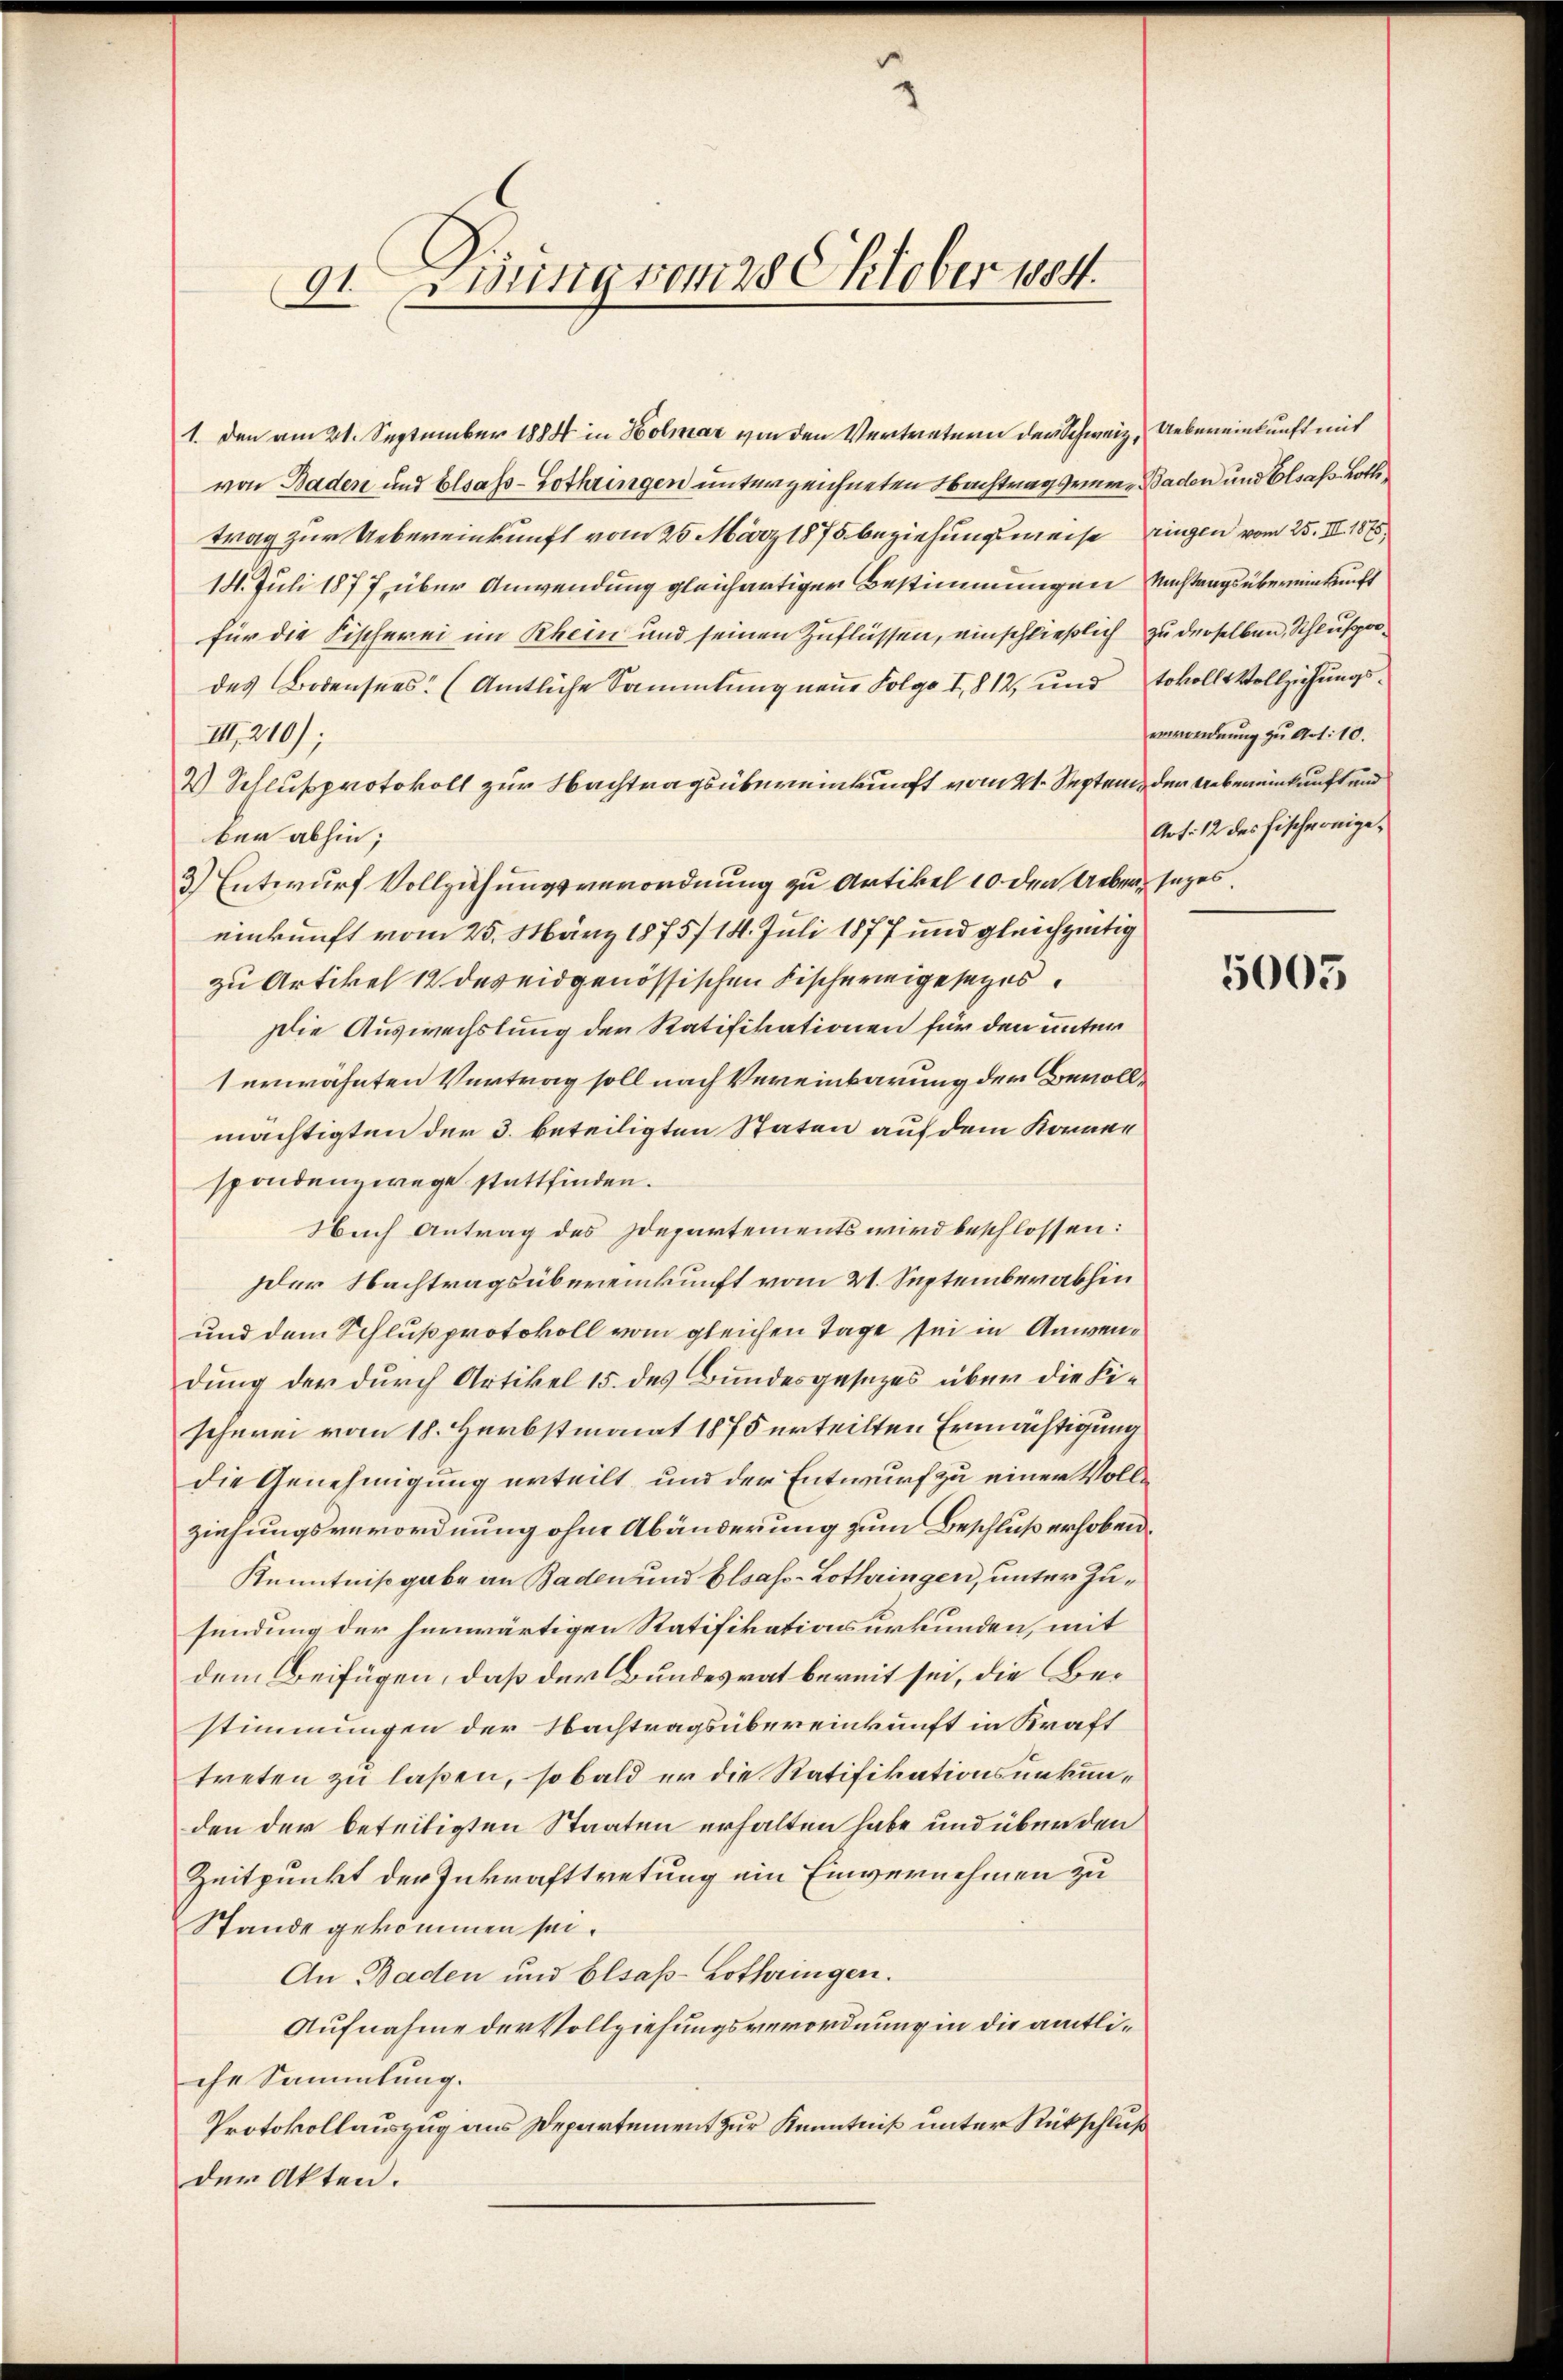
91. Wenig vom 28 Oktober 1884.

1. den am 21. September 1884 in Holmar von den Vertretern der Schweiz. Uebereinkunft mit
von Baden und Elsass-Lothringen unterzeichneten Nachtragsrem Baden und Elsass-Lotte
trag zur Uebereinkunft vom 20. März 1875 beziehungsweise ringen vom 25. II. 1875,
14. Juli 1877 über Anwendung gleichartiger Bestimmungen Nachtrags übereinkunft
für die Fischerei im Rhein und seinen Zuflüssen, einschließlich zu derselben, Schlußdes Bodensees. (Amtliche Sammlung neue Folge I, § 12, und tokoll Vollziehungs¬
III. 210);
2) Schlußprotokoll zur Nachtragsübereinkunft vom 21. Septem, der Uebereinkunft und
ber abhin;
3) Entwurf Vollziehungsverordnung zu Artikel 10 den Ueber sages.
einkunft vom 25. März 1875/14. Juli 1877 und gleichzeitig
zu Artikel 12 des eidgenössischen Fischerigesetzes
Die Auswechslung der Ratifikationen für den unter
terwähnten Vertrag soll nach Vereinbarung der Bevollmächtigten der 3. beteiligten Staten auf dem Kornen
spondenzwege stattfinden.
Nach Antrag des Departements wird beschlossen:
Der Nachtragsübereinkunft vom 21. September abhin
und dem Schluß protokoll vom gleichen Tage sei in Anwendung der durch Artikel 15. des Bundesgesezes über die Fischwei vom 18. Herbstmonat 1875 erteilten Ermächtigung
die Genehmigung erteilt, und der Entwurf zu einer Vollziehungsverordnung ohne Abänderung zum Beschluß erhoben.
Kenntnißgabe an Baden und Elsass-Lothringen, unter Zusündung der herwärtigen Statifikationsurkunden, mit
dem Beifügen, daß der Bundesrat bereit sei, die Bestimmungen der Nachtragsübereinkunft in Kraft
treten zu laßen, sobald er die Ratifikationsurkunden der beteiligten Staaten erhalten habe und über den
Zeitpunkt der Inkrafttretung ein Einvernehmen zu
Stande gekommen sei.
An Baden und Elsaß-Lothringen.
Aufnahme der Vollziehungsverordnung in die amtliche Sammlung.
Protokollauszug aus Departement zur Kenntniß unter Rückschluß
der Akten.

erordnung zu Art. 10.

5005

Art: 12 des Fischereige,